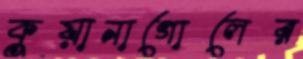
কুয়ানাগোলের